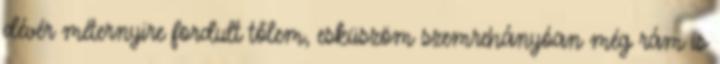
dévér méternyire fordult tőlem, esküszöm szemrehányóan még rám is